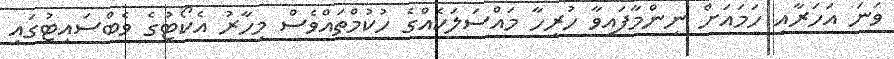
ވަނަ އަހަރާއި ހަމައަށް ނިންމާފައިވާ ހުރިހާ މައްސަލަކެއްގެ ހުކުމްތައްވެސް މިހާރު އެކޯޓުގެ ވެބްސައިޓުގައި